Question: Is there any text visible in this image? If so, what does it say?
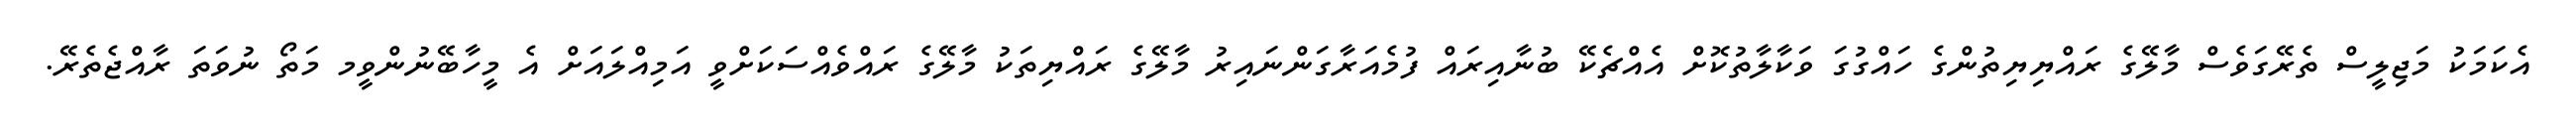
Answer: އެކަމަކު މަޖިލީސް ތެރޭގަވެސް މާލޭގެ ރައްޔިޔިތުންގެ ހައްގުގަ ވަކާލާތުކޮށް އެއްޗެކޭ ބުނާއިރައް ފުމެއަރާގަންނައިރު މާލޭގެ ރައްޔިތަކު މާލޭގެ ރައްވެއްސަކަށްވީ އަމިއްލައަށް އެ މީހާބޭނުންވީމ މަތޯ ނުވަތަ ރާއްޖެތެރޭ.